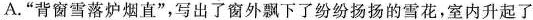
A.”背窗雪落炉烟直”，写出了窗外飘下了纷纷扬扬的雪花。室内升起了